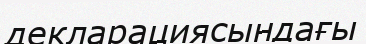
декларациясындағы